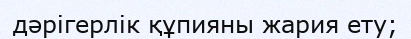
дәрігерлік құпияны жария ету;